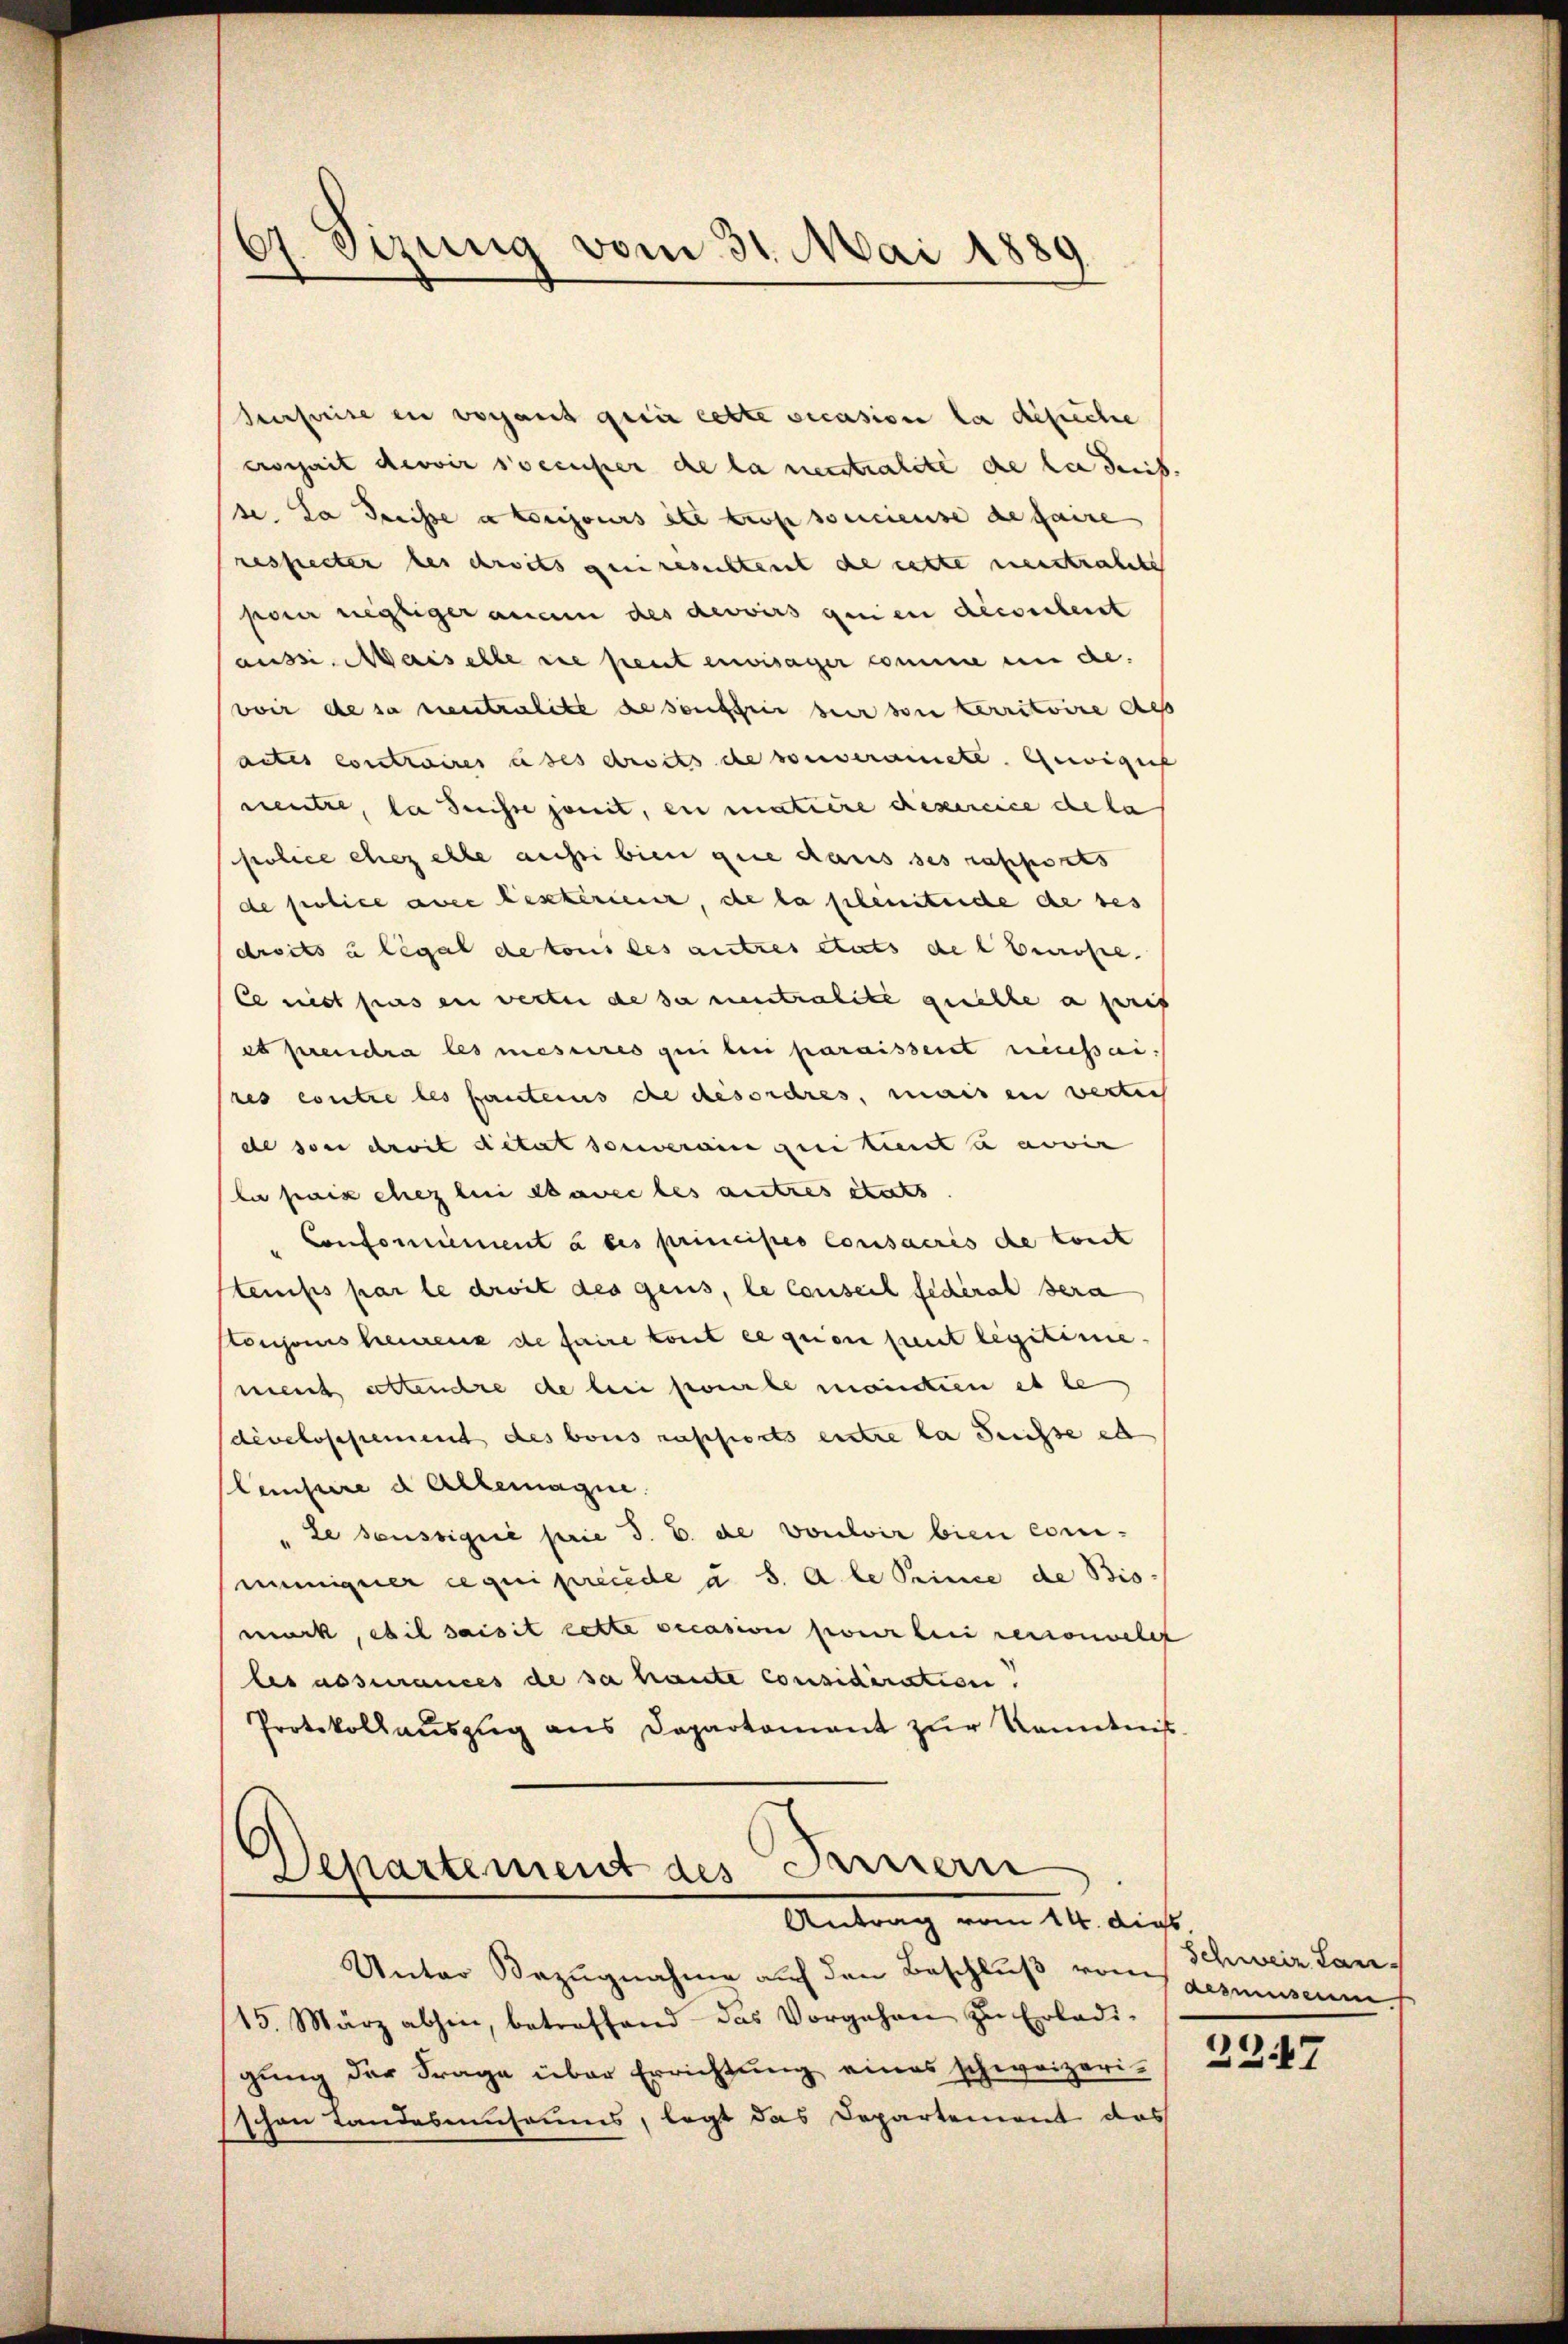
67. Sizung vom 31. Mai 1889

Surseeise in vorhant qui cette occasion la dépiche
crosheit devoir soccuper de la neutralité de la ders.
se. La dreisse a toujours ete Prof socieuse de faire
respecter des droits generesichtent de cette meistratete
pauer negliger anam des devoirs genen dieserbent
aussi. Maiselle sie peut envisager comme in de
voir de sa neutralite de souffrir hier son territoire als
actes contraires uses droits de souveranete. Gewegens
neutze, da desse somit, en matiere Resercice de la
police chez elle aussi bien gene dans ses rapports
de police avec extérieur, de la plentende de ses
droits u legal de tous des autres etats de ebenrose.
Ce nit pas en verten de sa neutralite quelle a pref
es prendra les mesures qui beni paraisseit missai
res contre les fantens die Resordres, mais en verten
de son droit ditat souverain qui tient u abwir
la paix chez bei avec les autres stets
Contomiment à des principes consacris de tout
Stemps par le droit des gens, le conseil federal sera
Conjoins heurenz de faire tout ce quon peut legitime.
meich settendre de bei porte mantien es le
develossement des bois rassierts entre la Suisse est
lempire d. Allemagne.
Le seussigné prie 3. B. de vouloir bien comueigner ce qui precede a S. A le Prince de Bio-
muck, ebel saisit cette occasion pour lei reconoeles
les assurances de sa haute considération.
Protokollaŭszŭg ans Departament zŭr Kenntniß

Departement des Fernern
Antrag vom 14. dies

Unter Bezugnahme auf den Beschluß vom gemuseum
15. März abhin, betroffend das Vorgehen zu Erledi-
gung der Frage über Errichtung eines schweizeri-
schen Landesausaums, legt das Departement das

Schweiz Lan

227